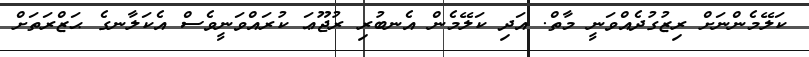
ކަލޭމެންނަށް ރިޒުގުދެއްވަނީ މާތް. އަދި ކަލޭމެން އެނބުރި ރުޖޫޢަ ކުރައްވަނީވެސް އެކަލާނގެ ޙަޒްރަތަށް